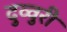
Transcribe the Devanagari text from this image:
दुव्वुरी